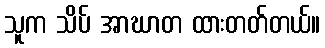
သူက သိပ် အာဃာတ ထားတတ်တယ်။